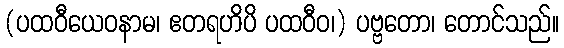
(ပထဝီယေဝနာမ၊ ဧတရဟိပိ ပထဝီဝ၊) ပဗ္ဗတော၊ တောင်သည်။